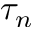
\tau _ { n }